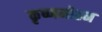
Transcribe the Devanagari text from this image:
कृष्णमोहन